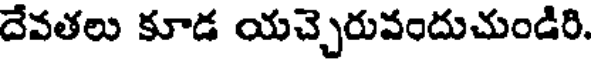
దేవతలు కూడ యచ్చెరువందుచుండిరి.